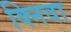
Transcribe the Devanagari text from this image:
क्निवा